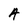
Character: A